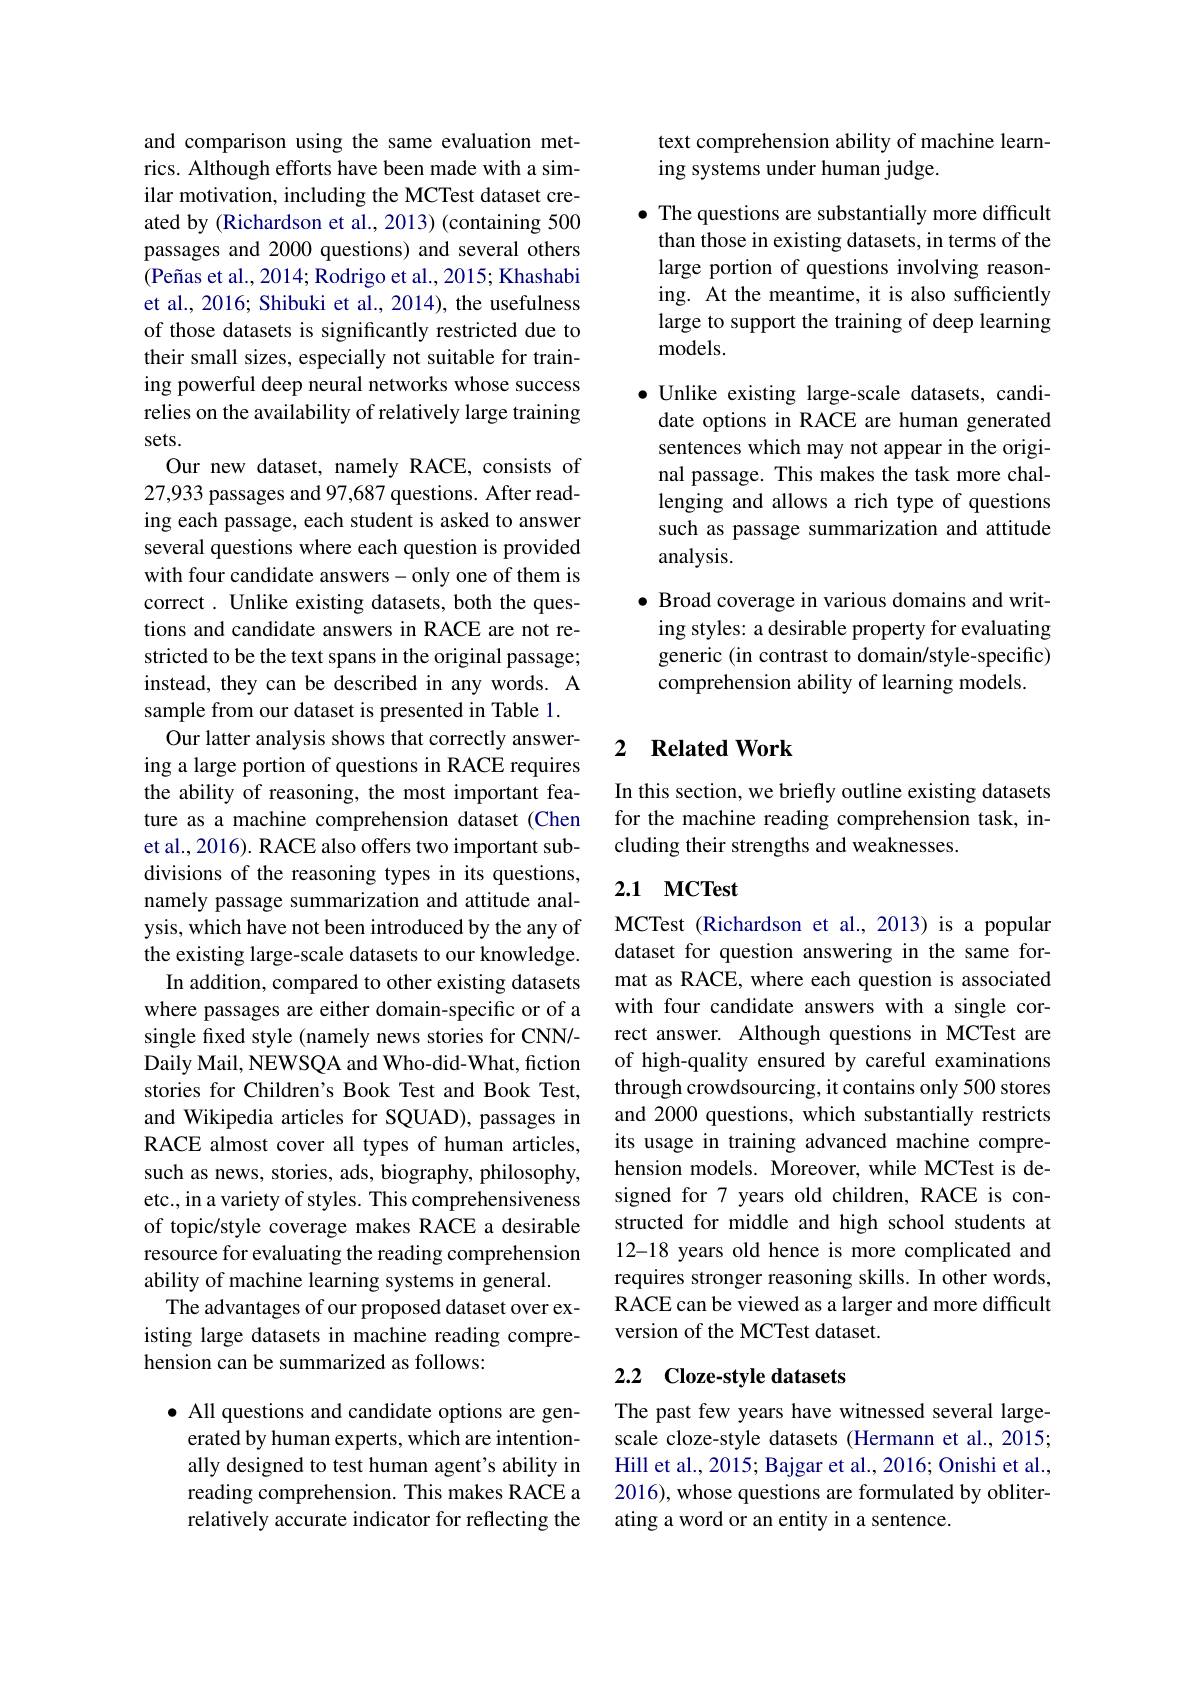
and comparison using the same evaluation metrics. Although efforts have been made with a similar motivation, including the MCTest dataset created by (Richardson et al., 2013) (containing 500 passages and 2000 questions) and several others $( \text{Pe\~{n} as et al. , 2014; Rodrigo et al. , 2015; Khashabi}$ et al., 2016; Shibuki et al., 2014), the usefulness of those datasets is significantly restricted due to their small sizes, especially not suitable for training powerful deep neural networks whose success relies on the availability of relatively large training sets.
Our new dataset, namely RACE, consists of 27,933 passages and 97,687 questions. After reading each passage, each student is asked to answer several questions where each question is provided with four candidate answers-only one of them is correct. Unlike existing datasets, both the questions and candidate answers in RACE are not restricted to be the text spans in the original passage; instead, they can be described in any words. A sample from our dataset is presented in Table 1.
Our latter analysis shows that correctly answering a large portion of questions in RACE requires the ability of reasoning, the most important feature as a machine comprehension dataset (Chen et al., 2016). RACE also offers two important subdivisions of the reasoning types in its questions, namely passage summarization and attitude analysis, which have not been introduced by the any of the existing large-scale datasets to our knowledge.
In addition, compared to other existing datasets where passages are either domain-specific or of a single fixed style (namely news stories for CNN/- Daily Mail, NEWSQA and Who-did-What, fiction stories for Children's Book Test and Book Test, and Wikipedia articles for SQUAD), passages in RACE almost cover all types of human articles, such as news, stories, ads, biography, philosophy, etc., in a variety of styles. This comprehensiveness of topic/style coverage makes RACE a desirable resource for evaluating the reading comprehension ability of machine learning systems in general.
The advantages of our proposed dataset over existing large datasets in machine reading comprehension can be summarized as follows:

$\bullet$ All questions and candidate options are gen-
erated by human experts, which are intentionally designed to test human agent's ability in reading comprehension. This makes RACE a relatively accurate indicator for reflecting the

text comprehension ability of machine learn-
ing systems under human judge.

$\bullet$ The questions are substantially more difficult than those in existing datasets, in terms of the large portion of questions involving reasoning. At the meantime, it is also sufficiently large to support the training of deep learning models.
·Unlike existing large-scale datasets, candidate options in RACE are human generated sentences which may not appear in the original passage. This makes the task more challenging and allows a rich type of questions such as passage summarization and attitude analysis.
$\bullet$ Broad coverage in various domains and writing styles: a desirable property for evaluating generic (in contrast to domain/style-specific)

comprehension ability of learning models.

### 2 $\textbf{Related Work}$

In this section, we briefly outline existing datasets for the machine reading comprehension task, including their strengths and weaknesses.

## 2.1 MCTest

MCTest (Richardson et al.,2013) is a popular dataset for question answering in the same format as RACE, where each question is associated with four candidate answers with a single correct answer. Although questions in MCTest are of high-quality ensured by careful examinations through crowdsourcing, it contains only 500 stores and 2000 questions, which substantially restricts its usage in training advanced machine comprehension models. Moreover, while MCTest is designed for 7 years old children, RACE is constructed for middle and high school students at 12-18 years old hence is more complicated and requires stronger reasoning skills. In other words, RACE can be viewed as a larger and more difficult version of the MCTest dataset.

## 2.2 Cloze-style datasets

The past few years have witnessed several largescale cloze-style datasets (Hermann et al., 2015; Hill et al., 2015; Bajgar et al., 2016; Onishi et al., 2016), whose questions are formulated by obliterating a word or an entity in a sentence.